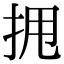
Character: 𫝺